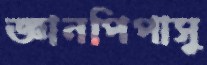
জ্ঞানপিপাসু